Calcutta medical institutions reports 1879-81 [i.e.91]
Year: 1879
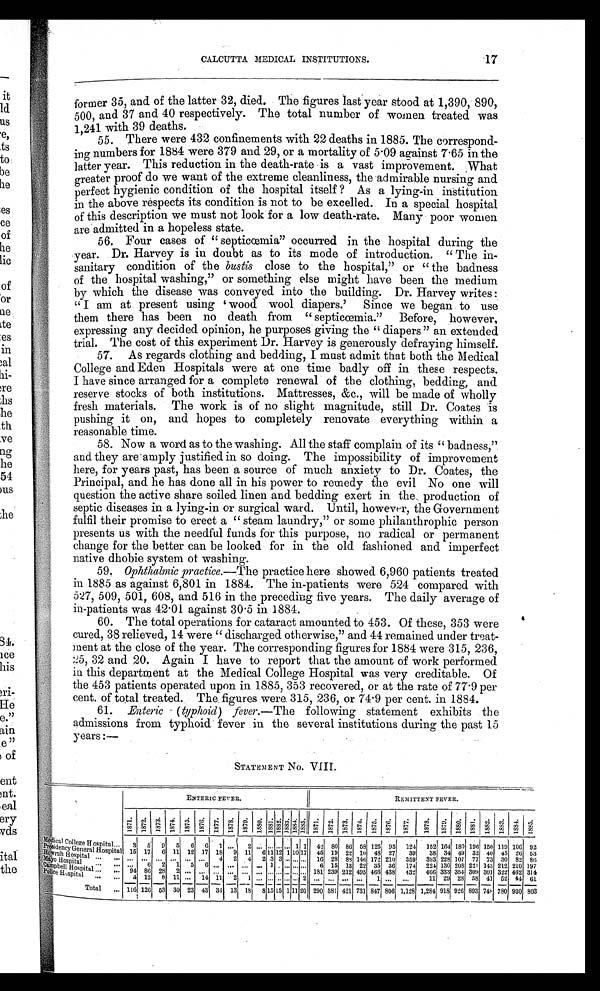
17
CALCUTTA MEDICAL INSTITUTIONS.
former 35, and of the latter 32, died. The figures last year stood at 1,390, 890,
500, and 37 and 40 respectively. The total number of women treated was
1,241 with 39 deaths.
55. There were 432 confinements with 22 deaths in 1885. The correspond-
ing numbers for 1884 were 379 and 29, or a mortality of 5.09 against 7.65 in the
latter year. This reduction in the death-rate is a vast improvement. What
greater proof do we want of the extreme cleanliness, the admirable nursing and
perfect hygienic condition of the hospital itself? As a lying-in institution
in the above respects its condition is not to be excelled. In a special hospital
of this description we must not look for a low death-rate. Many poor women
are admitted in a hopeless state.
56. Four cases of "septicœmia" occurred in the hospital during the
year. Dr. Harvey is in doubt as to its mode of introduction. "The in
- s a n i t a r y c o n d i t i o n o f t h e
b u s t i s
c l o s e t o t h e h o s p i t a l , " o r " t h e b a d n e s s
of the hospital washing," or something else might have been the medium
by which the disease was conveyed into the building. Dr. Harvey writes:
"I am at present using ' wood wool diapers.' Since we began to use
them there has been no death from "septicœmia." Before, however,
expressing any decided opinion, he purposes giving the "diapers" an extended
trial. The cost of this experiment Dr. Harvey is generously defraying himself.
57. As regards clothing and bedding, I must admit that both the Medical
College and Eden Hospitals were at one time badly off in these respects.
I have since arranged for a complete renewal of the clothing, bedding, and
r e s e r v e
s t o c k s o f b o t h
institutions. Mattresses, &c., will be made of wholly
fresh materials. The work is of no slight magnitude, still Dr. Coates is
pushing it on, and hopes to completely renovate everything within a
reasonable time.
58. Now a word as to the washing. All the staff complain of its "badness,"
and they are-amply justified in so doing. The impossibility of improvement
here, for years past, has been a source of much anxiety to Dr. Coates, the
Principal, and he has done all in his power to remedy the evil No one will
question the active share soiled linen and bedding exert in the production of
septic diseases in a lying-in or surgical ward. Until, however, the Government
fulfil their promise to erect a "steam laundry," or some philanthrophic person
presents us with the needful funds for this purpose, no radical or permanent
change for the better can be looked for in the old fashioned and imperfect
native dhobie system of washing.
59. Ophthalmic practice. —The practice here showed 6,960 patients treated
in 1885 as against 6,801 in 1884. The in-patients were 524 compared with
527, 509, 501, 608, and 516 in the preceding five years. The daily average of
in-patients was 42.01 against 30.5 in 1884.
60. The total operations for cataract amounted to 453. Of these, 353 were
cured, 38 relieved, 14 were "discharged otherwise," and 44 remained under treat-
ment at the close of the year. The corresponding figures for 1884 were 315, 236,
2 5
, 3 2 a n d 2 0 . A g a i n I h a v e t o r e p o r t t h a t t h e a m o u n t o f w o r k p e r f o r m e d
in this department at the Medical College Hospital was very creditable. Of
the 453 patients operated upon in 1885, 353 recovered, or at the rate of 77.9 per
cent. of total treated. The figures were 315, 236, or 74.9 per cent. in 1884.
61. Enteric (typhoid) fever. —The following statement exhibits the
admissions from typhoid fever in the several institutions during the past 15
years:—
STATEMENT No. VIII.
ENTERIC FEVER.
REMITTENT FEVER.
1 8 7 1 1872 1 8 7 3 1874 1875 1 8 7 6 1877 1878 1 8 7 9 1 8 8 0 1 8 8 1 1 8 8 2 1 8 8 3 1 7 8 4 1 8 8 5 1 8 7 1 1872 1873 1874 1 8 7 5 1876 1 8 7 7
1 8 7 8 1 8 7 9 1 7 8 0 1 8 8 1 1 8 8 2
1 8 8 3 1884 1885
Medical college Hospital.... 3 5 9 5 6 6 1
... 2
. . . . . . . . . . . . 1 1 42 80 86 58 1251 95 124 152 164 180 196 150 119 1096 92
Presidency general hospital 15 17 6 11 12 17 18
9 11
6 1 1 1 2 1 10 17 45 19
10 48 27 39 3 8 34 49 32 40 45 26 53
H o w r a h H o s p i t a l
... ...
......
. . .
... ... ...4
2 4 2 3 3 . . . . . . . . . 162888146172210
3 5 9 3 9 3 2 2 8 1 0 7 7 7 7 3 3 0 82 86
M a y o H o s p i t a l
. . .
...
... 6 2 1 5 6 . . . . . . . . . . . . 1 . . . . . . . . . . . . 6
28
15 13
22 25 36
1 7 4
2 2 4 1 3 0 2 0 8 2 2 1 4 1 3 2 1 0 210 197
Campbell Hospital ... ...
9486 2 8
2 ... ... ... . . .
. . . . . . . . . . . . . . . . . . . . .
181239 212 495 4666 438
4 3 2
4 6 6 3 3 3 3 5 4 3 0 9 3 0 1 3 2 2462 314
Police hospital ... ...
4 12 8 11 ... 14 11 2 1 . . . . . . . . . . . . . . . 2 . . . ... ... ... 1 ... . . .
1 1 2 9 2 8 5 8 4 1 5 2 44 61
Total ... 116 126 53 30 23 43 34 13 18 8 15 15 1 11 20 290 381 421 731 847 806 1,128 1,284
9 1 8 9 2 6 893 7 4 8 780 930 803